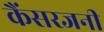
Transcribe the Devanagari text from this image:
कैंसरजनी